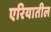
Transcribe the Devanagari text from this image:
एरियातील